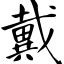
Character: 戴